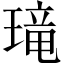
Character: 𱯚